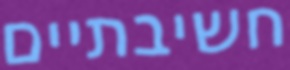
חשיבתיים